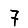
Digit: 7